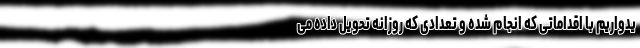
یدواریم با اقداماتی که انجام شده و تعدادی که روزانه تحویل داده می